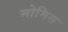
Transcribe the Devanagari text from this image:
मोमिस